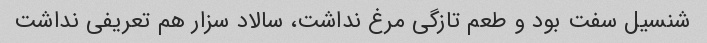
شنسیل سفت بود و طعم تازگی مرغ نداشت، سالاد سزار هم تعریفی نداشت